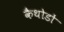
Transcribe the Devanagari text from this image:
कैथोडों